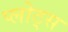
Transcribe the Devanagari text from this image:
प्लोट्स